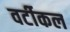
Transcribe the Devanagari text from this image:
वर्टीकल